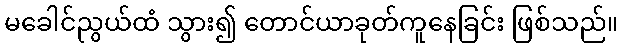
မခေါင်ညွယ်ထံ သွား၍ တောင်ယာခုတ်ကူနေခြင်း ဖြစ်သည်။